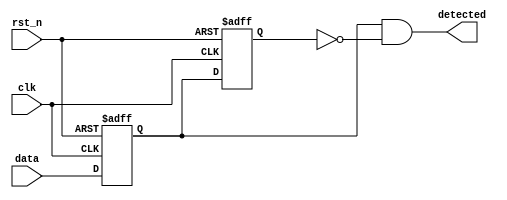
module dual_ff_detector (
    input wire clk,          // Clock signal
    input wire rst_n,       // Asynchronous reset (active low)
    input wire data,        // Primary input signal
    output reg detected     // Output signal indicating detection
);

    // Internal signals for flip-flop outputs
    reg ff1, ff2;

    // Asynchronous reset and flip-flop behavior
    always @(posedge clk or negedge rst_n) begin
        if (!rst_n) begin
            ff1 <= 1'b0;    // Reset ff1
            ff2 <= 1'b0;    // Reset ff2
        end else begin
            ff1 <= data;    // Capture input data in ff1
            ff2 <= ff1;     // Capture ff1 state in ff2
        end
    end

    // Detection logic
    always @(*) begin
        // Example detection logic: Detect rising edge of data
        detected = (ff1 == 1'b1 && ff2 == 1'b0);
    end

endmodule